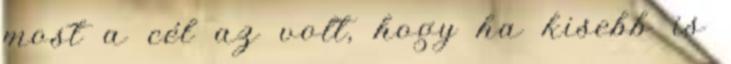
most a cél az volt, hogy ha kisebb is